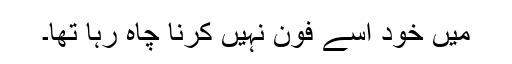
میں خود اسے فون نہیں کرنا چاہ رہا تھا۔